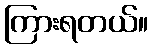
ကြားရတယ်။